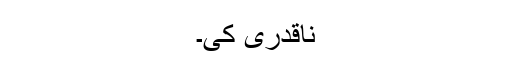
ناقدری کی۔